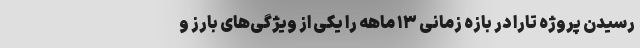
رسیدن پروژه تارا در بازه زمانی ۱۳ ماهه را یکی از ویژگی‌های بارز و